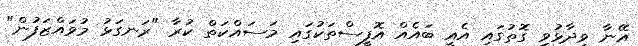
އޭނާ ވިދާޅުވި ގޮތުގައި އެއީ ބައެއް އޮފީސްތަކުގައި މަސައްކަތް ކުރާ "ރަނގަޅު މުވައްޒަފުން"